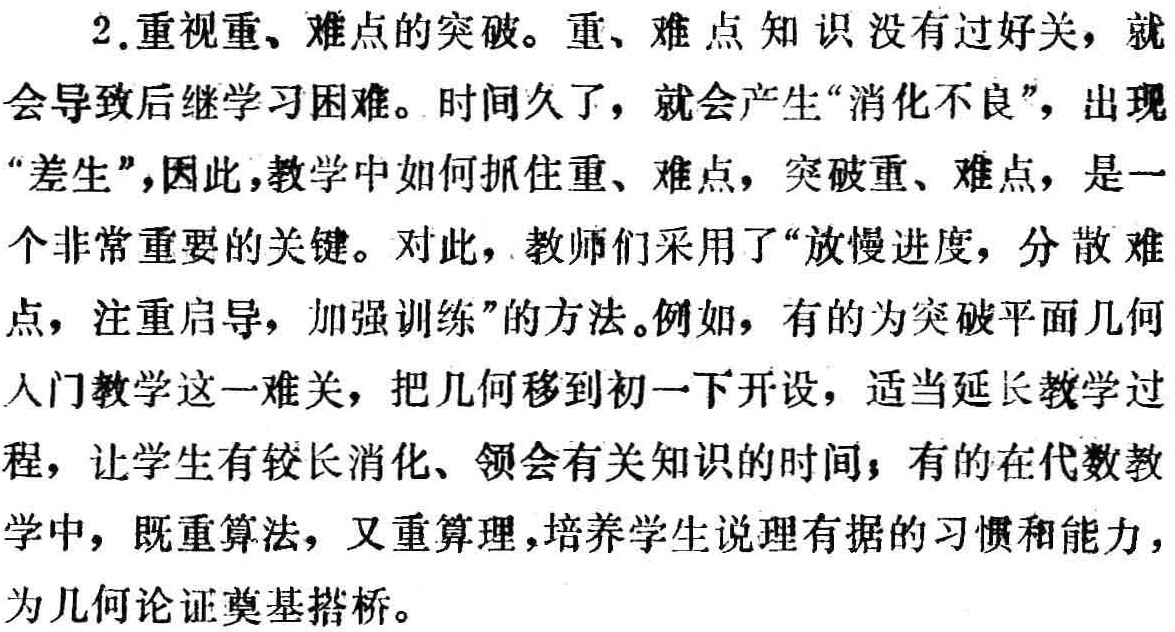
2.重视重、难点的突破。重、难点知识没有过好关，就
会导致后继学习困难。时间久了，就会产生“消化不良”，出现
“差生”，因此，教学中如何抓住重、难点，突破重、难点，是一
个非常重要的关键。对此，教师们采用了“放慢进度，分散难
点，注重启导，加强训练”的方法。例如，有的为突破平面几何
入门教学这一难关，把几何移到初一下开设，适当延长教学过
程，让学生有较长消化、领会有关知识的时间；有的在代数教
学中，既重算法，又重算理，培养学生说理有据的习惯和能力，
为几何论证奠基搭桥。